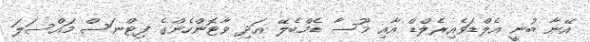
އޭނާ ބުނީ އެލްޑަވެއިރެލްޑް އާއި މޫސާ ޑެމްބެލޭ އަދި ވާޓޮންހެންގެ ފިޓްނަސް މައްސަލަ